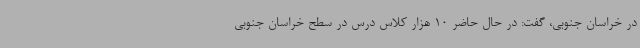
در خراسان جنوبی، گفت: در حال حاضر 10 هزار کلاس درس در سطح خراسان جنوبی